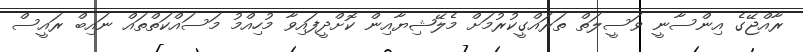
ރާއްޖޭގެ އިންސާނީ ވަސީލަތް ތަރައްގީކުރުމަށް މެލޭޝިޔާއިން ކޮށްދީފައިވާ މުހިއްމު މަސައްކަތްތައް ނައިބް ރައީސް